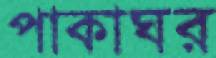
পাকাঘর